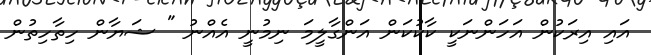
އައި އިރަކުން އަހަންނަކީ ކާކުކަން އަންގާލީމަ ނިމުނީ އެއްނު " ޝަޔާން ހިތާހިތުން